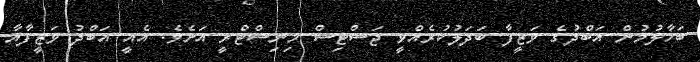
ބަހާލުމުން އަބްދުގެ ވަޒީފާ ބަދަލުކުރެއްވީ ޖަސްޓިސް މިނިސްޓްރީ އަށެވެ. އެއީ އަބްދު ވަޒީފާއާ